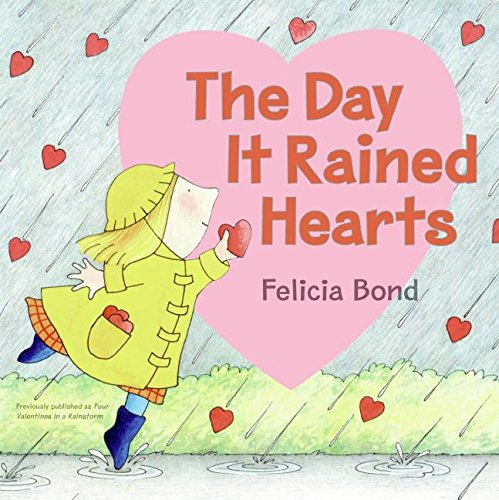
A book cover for Day It Rained Hearts; Felicia Bond; Children's Books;